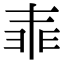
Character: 𠁰